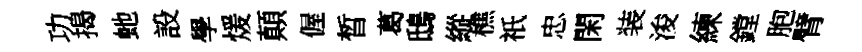
功揭虵設學煖顛偓晳葛鴟縱樵祇忠閑装浚練鏜胞臂